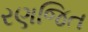
રણજિત